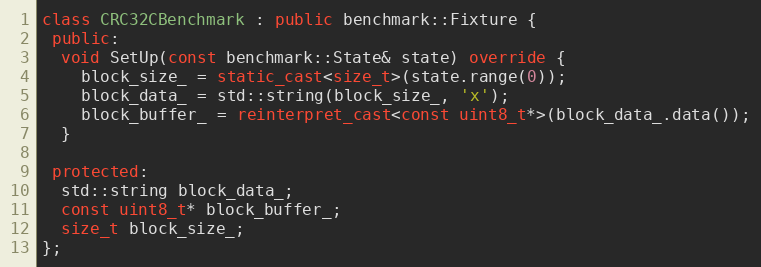
Language: C++
class CRC32CBenchmark : public benchmark::Fixture {
 public:
  void SetUp(const benchmark::State& state) override {
    block_size_ = static_cast<size_t>(state.range(0));
    block_data_ = std::string(block_size_, 'x');
    block_buffer_ = reinterpret_cast<const uint8_t*>(block_data_.data());
  }

 protected:
  std::string block_data_;
  const uint8_t* block_buffer_;
  size_t block_size_;
};